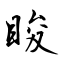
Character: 睃